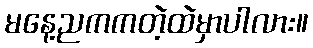
မနေ့ညကကတဲ့ထဲမှာပါလား။